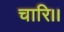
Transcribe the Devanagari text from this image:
चारि।।